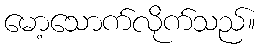
မော့သောက်လိုက်သည်။